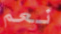
نعم